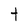
Character: t